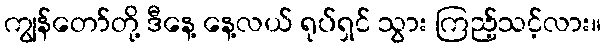
ကျွန်တော်တို့ ဒီနေ့ နေ့လယ် ရုပ်ရှင် သွား ကြည့်သင့်လား။